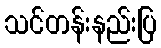
သင်တန်းနည်းပြ